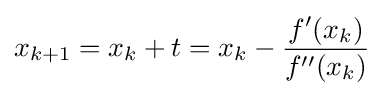
x_{k+1}=x_{k}+t=x_{k}-{\frac {f'(x_{k})}{f''(x_{k})}}